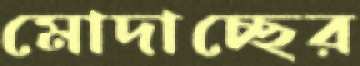
মোদাচ্ছের